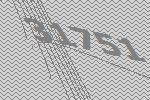
31751